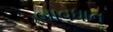
બાવધાન